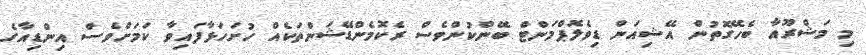
މި މަޝްރޫއާ ބެހޭގޮތުން އޭޝިއަން ޑިވެލޮޕްމަންޓް ބޭންކުންވެސް ރެކޮމެންޑޭޝަންތަކެއް ހުށަހަޅާފައިވާ ކަމަށްވެސް އިންޑިއާގެ